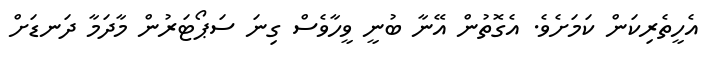
އެހީތެރިކަން ކަމަށެވެ. އެގޮތުން އޭނާ ބުނީ ވީހާވެސް ގިނަ ސަޕޯޓަރުން މާދަމާ ދަނޑަށް